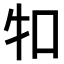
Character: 𤘘